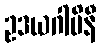
ဥဒယဂါမိနီ